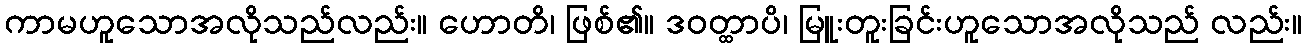
ကာမဟူသောအလိုသည်လည်း။ ဟောတိ၊ ဖြစ်၏။ ဒဝတ္ထာပိ၊ မြူးတူးခြင်းဟူသောအလိုသည် လည်း။